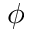
\phi